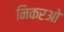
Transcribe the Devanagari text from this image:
निकरओ